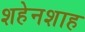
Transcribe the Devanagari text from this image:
शहेनशाह